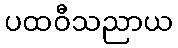
ပထဝီသညာယ